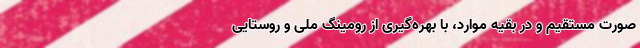
صورت مستقیم و در بقیه موارد، با بهره‌گیری از رومینگ ملی و روستایی